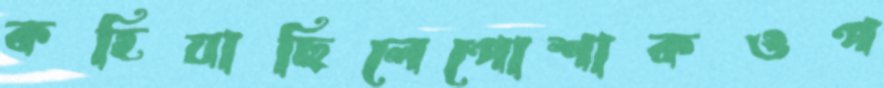
কহিয়াছিলেপোশাকওপ